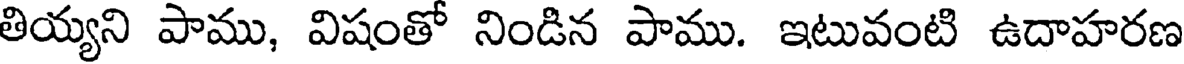
తియ్యని పాము, విషంతో నిండిన పాము. ఇటువంటి ఉదాహరణ